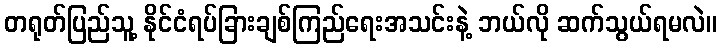
တရုတ်ပြည်သူ့ နိုင်ငံရပ်ခြားချစ်ကြည်ရေးအသင်းနဲ့ ဘယ်လို ဆက်သွယ်ရမလဲ။